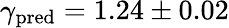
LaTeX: \gamma_{\textrm{pred}}=1.24\pm 0.02